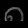
Digit: ၈